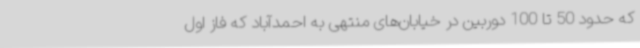
که حدود 50 تا 100 دوربین در خیابان‌های منتهی به احمدآباد که فاز اول